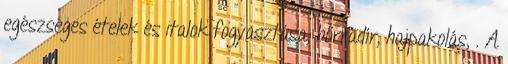
egészséges ételek és italok fogyasztása, bőrradír, hajpakolás, . A